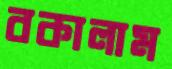
বকালাম